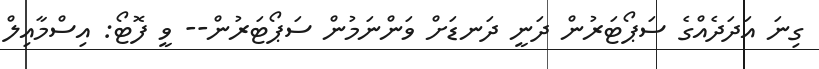
ގިނަ އަދަދެއްގެ ސަޕޯޓަރުން ދަނީ ދަނޑަށް ވަންނަމުން ސަޕޯޓަރުން-- ވީ ފޮޓޯ: އިސްމާއިލް